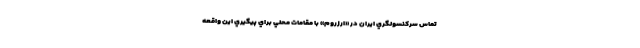
تماس سركنسولگري ايران در «ارزروم» با مقامات محلي براي پيگيري اين واقعه